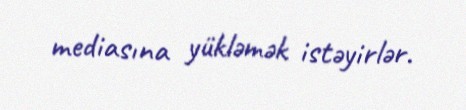
mediasına yükləmək istəyirlər.